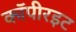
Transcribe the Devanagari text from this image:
कॉपीरइट